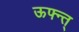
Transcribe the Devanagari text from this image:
ऊफ्न्त्